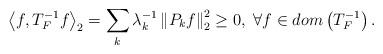
LaTeX: \begin{align*}\left\langle f,T_{F}^{-1}f\right\rangle _{2}=\sum_{k}\lambda_{k}^{-1}\left\Vert P_{k}f\right\Vert _{2}^{2}\geq0,\;\forall f\in dom\left(T_{F}^{-1}\right).\end{align*}